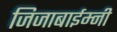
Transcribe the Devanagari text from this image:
जिजाबाईम्नी